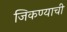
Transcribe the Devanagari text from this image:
जिकण्याची